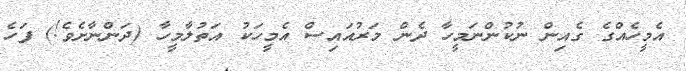
އެމީހެއްގެ ގެއިން ނުކުންނަމީހާ ދެން މަރުއައިސް އެމީހަކު އަތުލާމީހާ (ދަންނާށެވެ!) ފަހެ